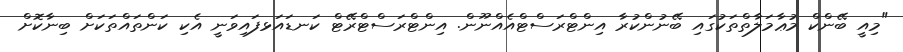
"މިއީ ބޭންކް މުޢާމަލާތްތަކުގައި ބޭނުންކުރާ އިންޓްރަސްޓްއެއްނޫން. އިންޓްރަސްޓްރޭޓް ކަނޑައަޅފައިވަނީ އެކި ކަންތައްތަކަށް ބިނާކޮށް